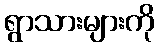
ရွာသားများကို